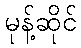
မုန့်ဆိုင်